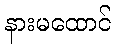
နားမထောင်